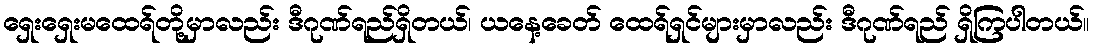
ရှေးရှေးမထေရ်တို့မှာလည်း ဒီဂုဏ်ရည်ရှိတယ်၊ ယနေ့ခေတ် ထေရ်ရှင်များမှာလည်း ဒီဂုဏ်ရည် ရှိကြပါတယ်။